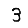
Digit: 3